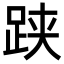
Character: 𬦯